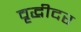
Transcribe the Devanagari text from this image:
वृद्धीदर